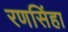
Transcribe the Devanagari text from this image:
रणसिंहा